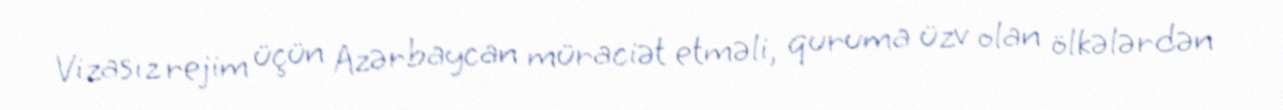
Vizasız rejim üçün Azərbaycan müraciət etməli, quruma üzv olan ölkələrdən